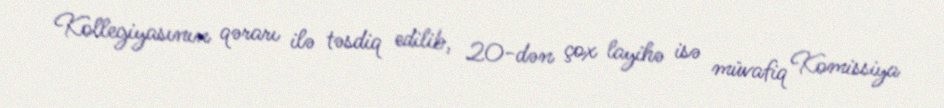
Kollegiyasının qərarı ilə təsdiq edilib, 20-dən çox layihə isə müvafiq Komissiya